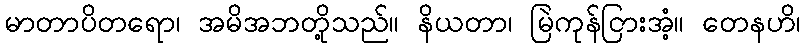
မာတာပိတရော၊ အမိအဘတို့သည်။ နိယတာ၊ မြဲကုန်ငြားအံ့။ တေနဟိ၊